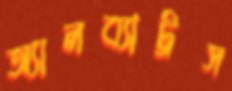
অ্যালব্যাট্রস